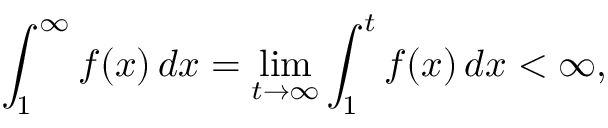
\int _ { 1 } ^ { \infty } f ( x ) \, d x = \operatorname* { l i m } _ { t \to \infty } \int _ { 1 } ^ { t } f ( x ) \, d x < \infty ,